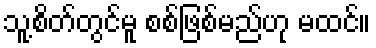
သူ့စိတ်တွင်မူ စစ်ဖြစ်မည်ဟု မထင်။